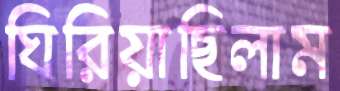
ঘিরিয়াছিলাম